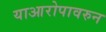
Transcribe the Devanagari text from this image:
याआरोपावरुन